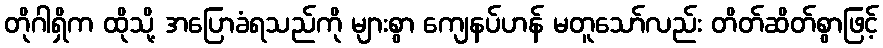
တိုဂါရှိက ထိုသို့ အပြောခံရသည်ကို များစွာ ကျေနပ်ဟန် မတူသော်လည်း တိတ်ဆိတ်စွာဖြင့်